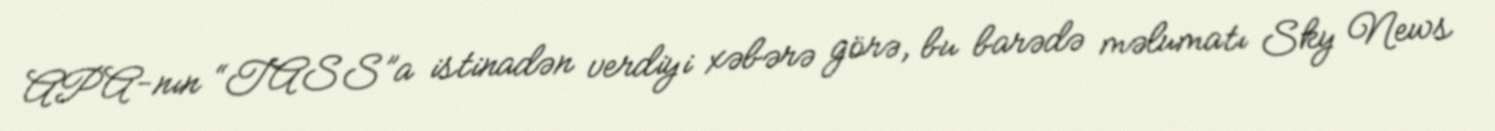
APA-nın “TASS”a istinadən verdiyi xəbərə görə, bu barədə məlumatı Sky News